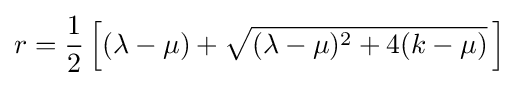
r={\frac {1}{2}}\left[(\lambda -\mu )+{\sqrt {(\lambda -\mu )^{2}+4(k-\mu )}}\,\right]